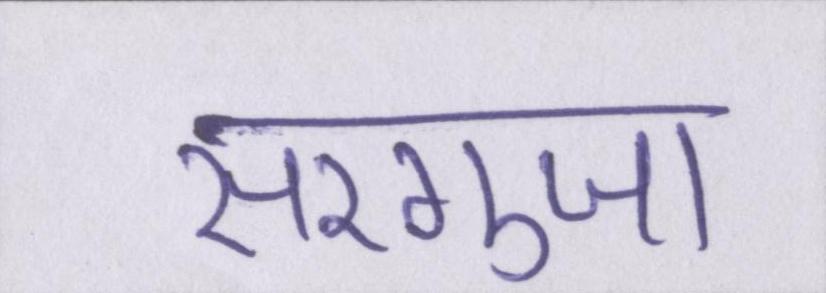
सरगुजा